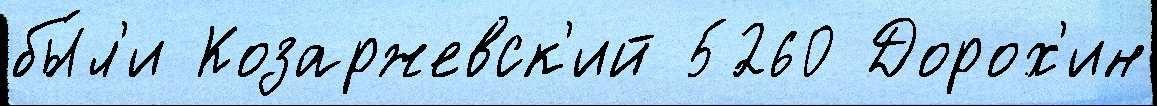
бы́л'и Козаржевск'ий 5260 Дорох'ин